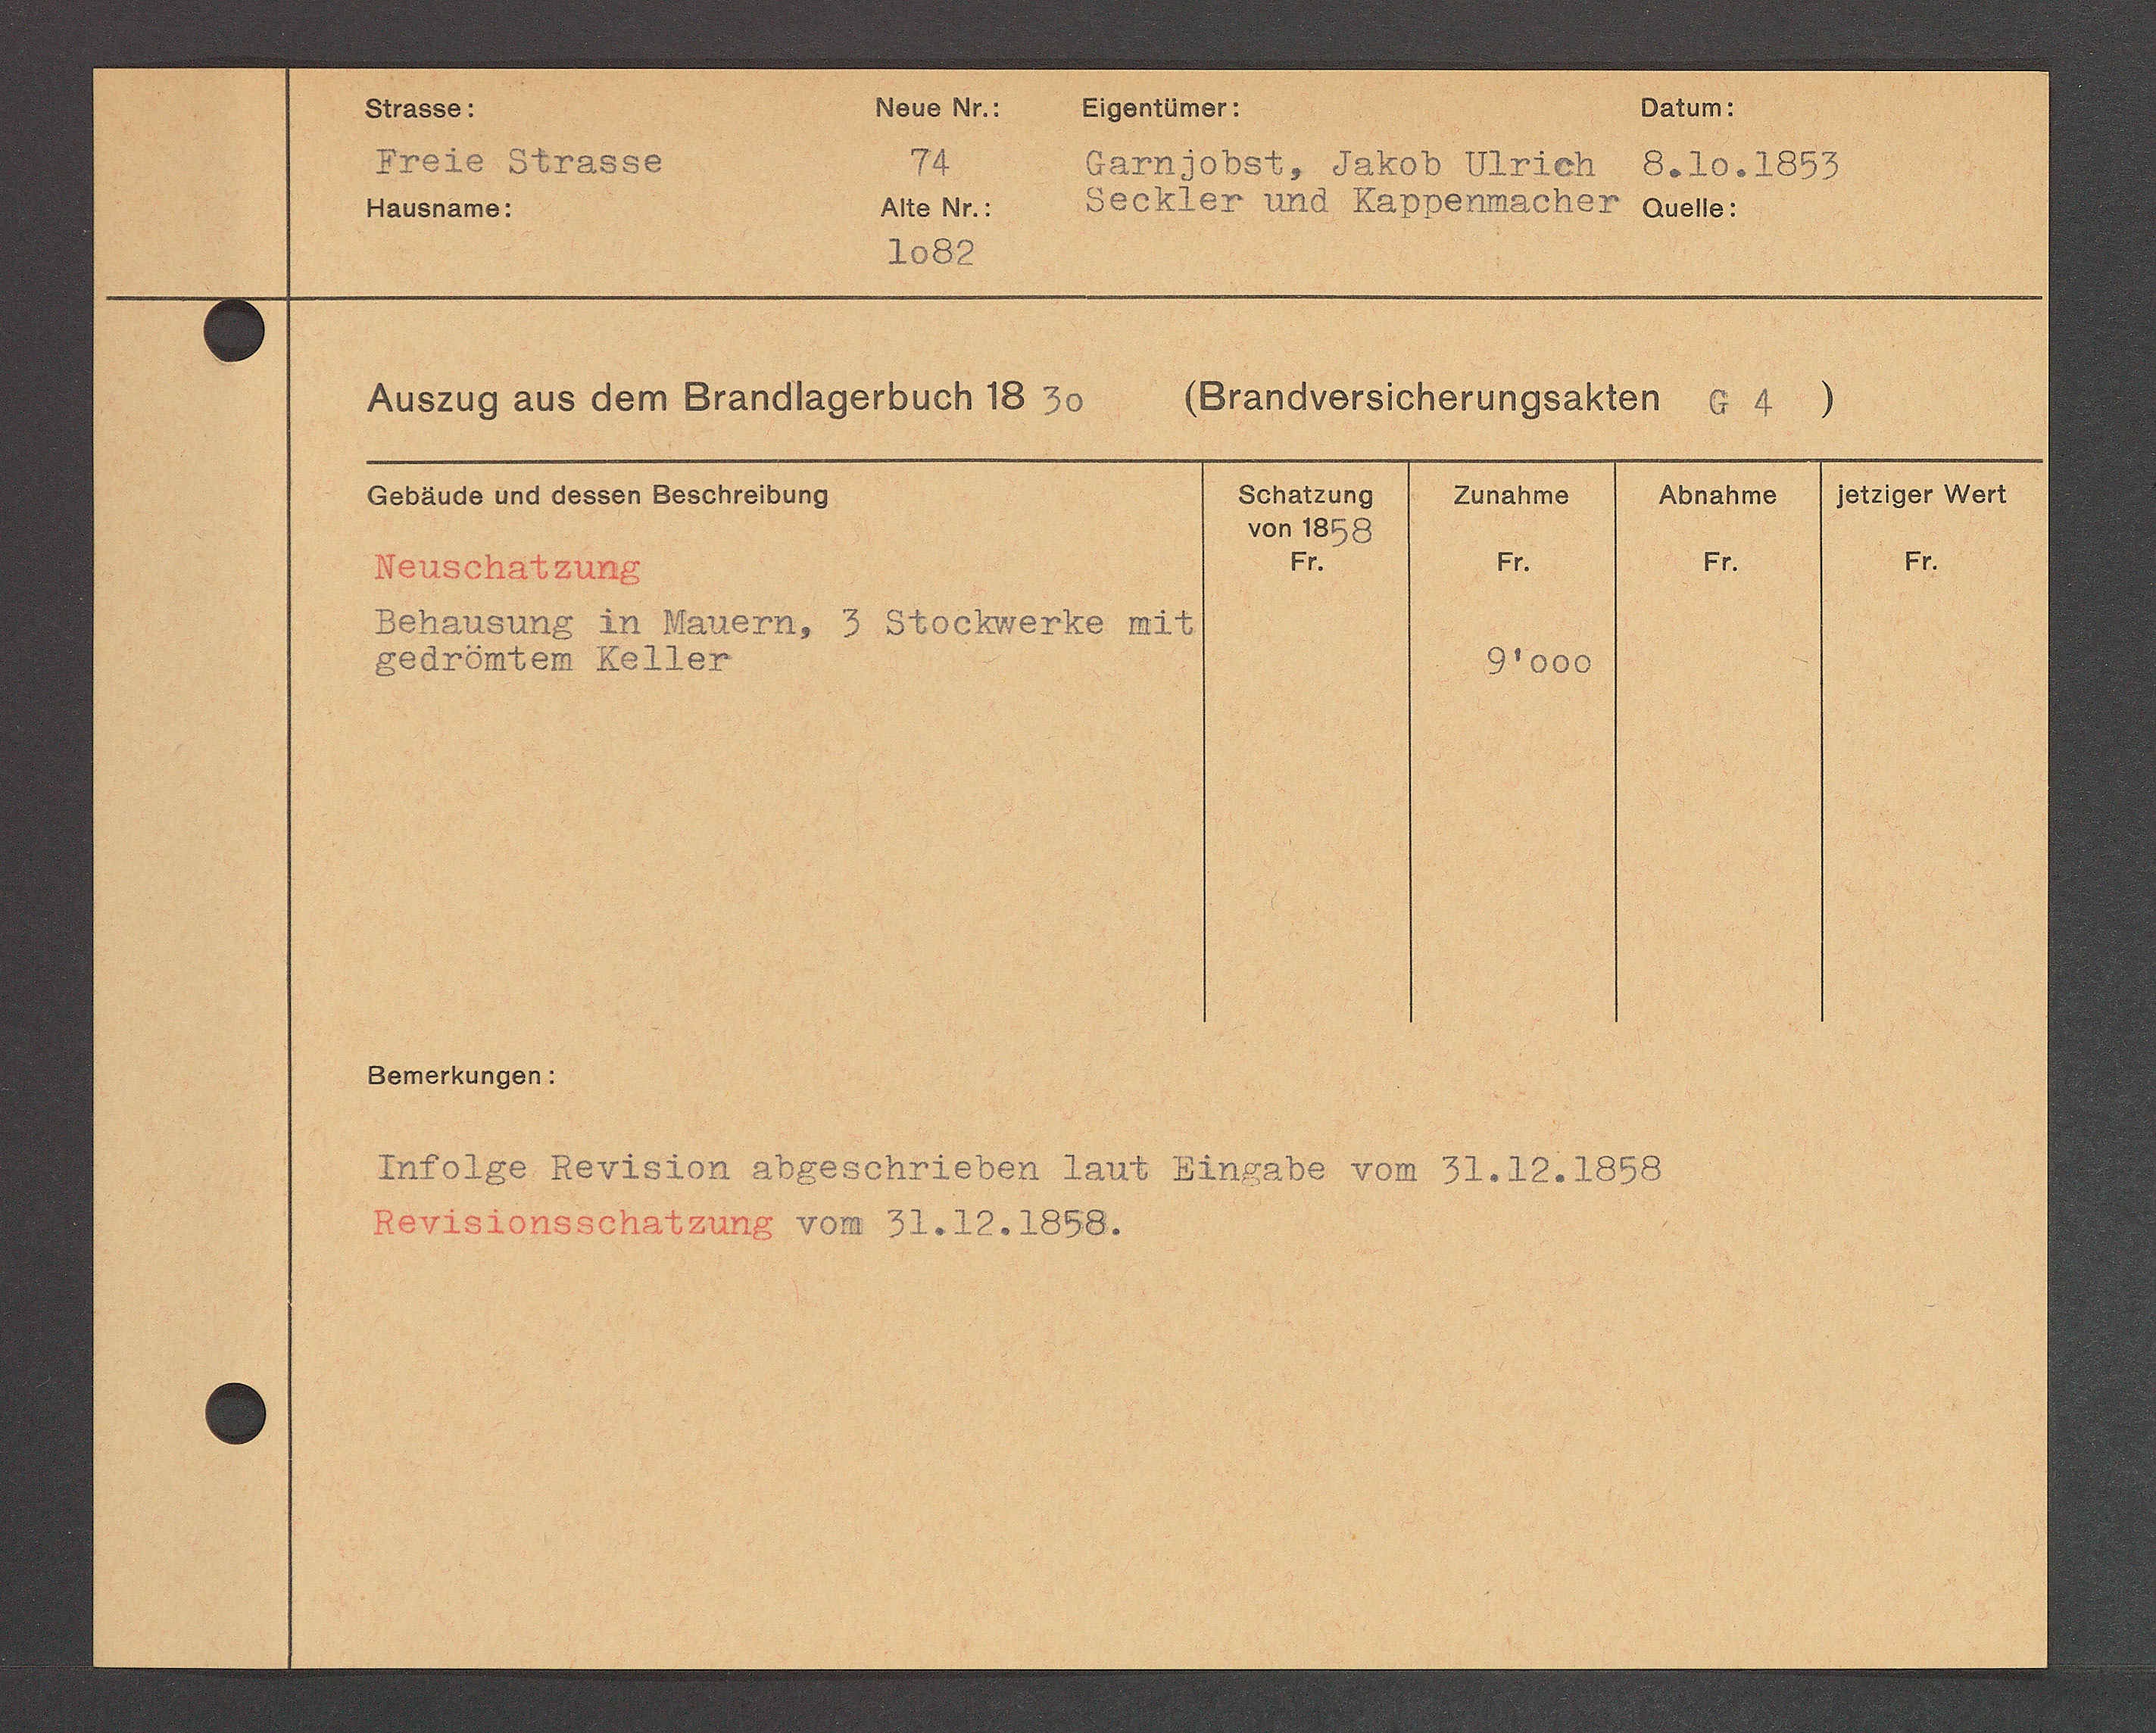
Transcript:
9'001